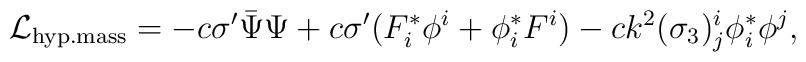
{\cal L}_{\rm hyp.mass}   = - c \sigma' \bar{\Psi} \Psi     + c \sigma' (F^*_i\phi^i + \phi^*_iF^i)    - ck^2 (\sigma_3)^i_j \phi^*_i \phi^j,